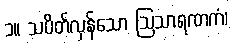
၁။ သပိတ်လှန်သော ဩသာရဏကံ၊